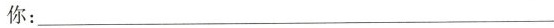
你：___